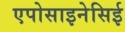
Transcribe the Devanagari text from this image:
एपोसाइनेसिई